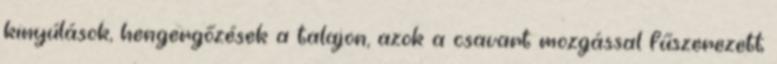
kinyúlások, hengergőzések a talajon, azok a csavart mozgással fűszerezett